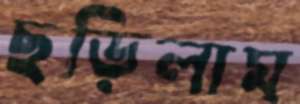
ছড়িলাম